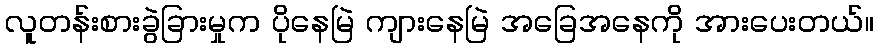
လူတန်းစားခွဲခြားမှုက ပိုနေမြဲ ကျားနေမြဲ အခြေအနေကို အားပေးတယ်။